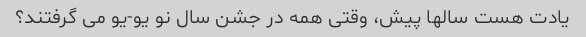
یادت هست سالها پیش، وقتی همه در جشن سال نو یو-یو می گرفتند؟